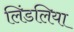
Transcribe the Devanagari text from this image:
लिंडलिया